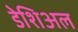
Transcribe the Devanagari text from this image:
डेशिअल